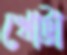
খোট্টা